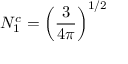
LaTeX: N _ { 1 } ^ { c } = \left( { \frac { 3 } { 4 \pi } } \right) ^ { 1 / 2 }